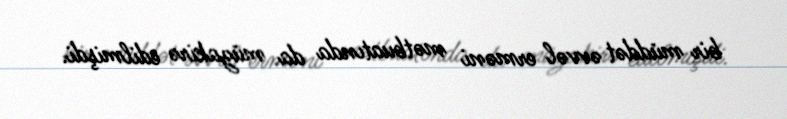
bir müddət əvvəl erməni mətbuatında da müzakirə edilmişdi.